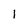
Character: 1